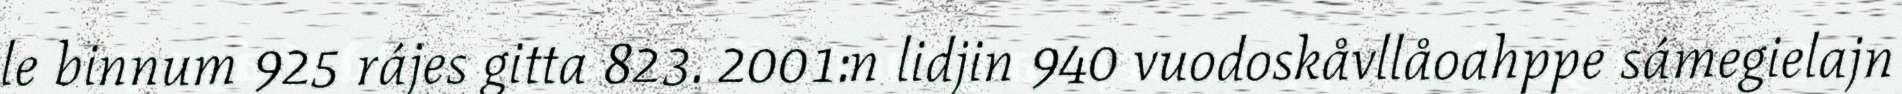
le binnum 925 rájes gitta 823. 2001:n lidjin 940 vuodoskåvllåoahppe sámegielajn